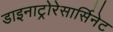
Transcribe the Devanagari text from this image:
डाइनाट्रोरेसार्सिनेट